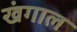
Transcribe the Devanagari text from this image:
खंगाल